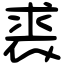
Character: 裘